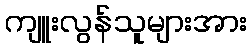
ကျူးလွန်သူများအား